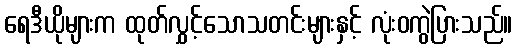
ရေဒီယိုများက ထုတ်လွှင့်သောသတင်းများနှင့် လုံးဝကွဲပြားသည်။